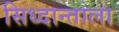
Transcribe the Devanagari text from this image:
सिध्दान्ताला